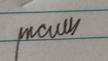
Signature authenticity: genuine